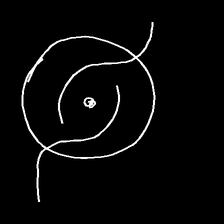
Glyph: repetition